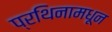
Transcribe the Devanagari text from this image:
प्रथिनामधून